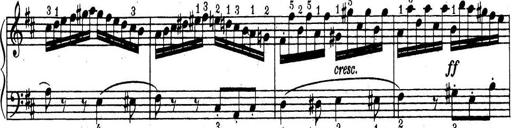
Title: ÄŒeskÃ© Sonatiny
Composer: Various